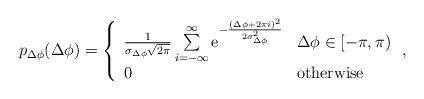
LaTeX: \begin{align*}p_{\Delta \phi }(\Delta \phi ) = \left\{ \begin{array}{l l}\frac{1}{\sigma _{\Delta \phi }\sqrt{2\pi }}\sum\limits_{i=-\infty }^{\infty }{\textrm{e}^{-\frac{(\Delta \phi +2\pi i)^{2}}{2\sigma _{\Delta \phi }^{2}}}} & \Delta \phi \in [-\pi ,\pi ) \\0 & \textrm{otherwise}\end{array}\right. ,\end{align*}